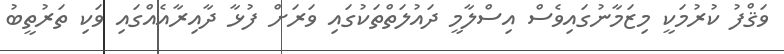
ވަޤްފު ކުރުމަކީ މިޒަމާނުގައިވެސް އިސްލާމީ ދައުލަތްތަކުގައި ވަރަށް ފުޅާ ދާއިރާއެއްގައި ވަކި ތަރުތީބު